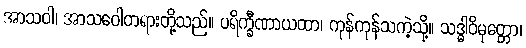
အာသဝါ၊ အာသဝေါတရားတို့သည်။ ပရိက္ခီဏာယထာ၊ ကုန်ကုန်သကဲ့သို့။ သဒ္ဓါဝိမုတ္တော၊